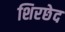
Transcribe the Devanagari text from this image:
शिरछेद